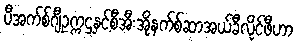
ပီအက်စ်ဂျီဥက္ကဌနှင့်စီအီးအိုနက်စ်ဆာအယ်ခီလိုင်ဖီဟာ